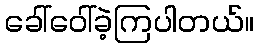
ခေါ်ဝေါ်ခဲ့ကြပါတယ်။